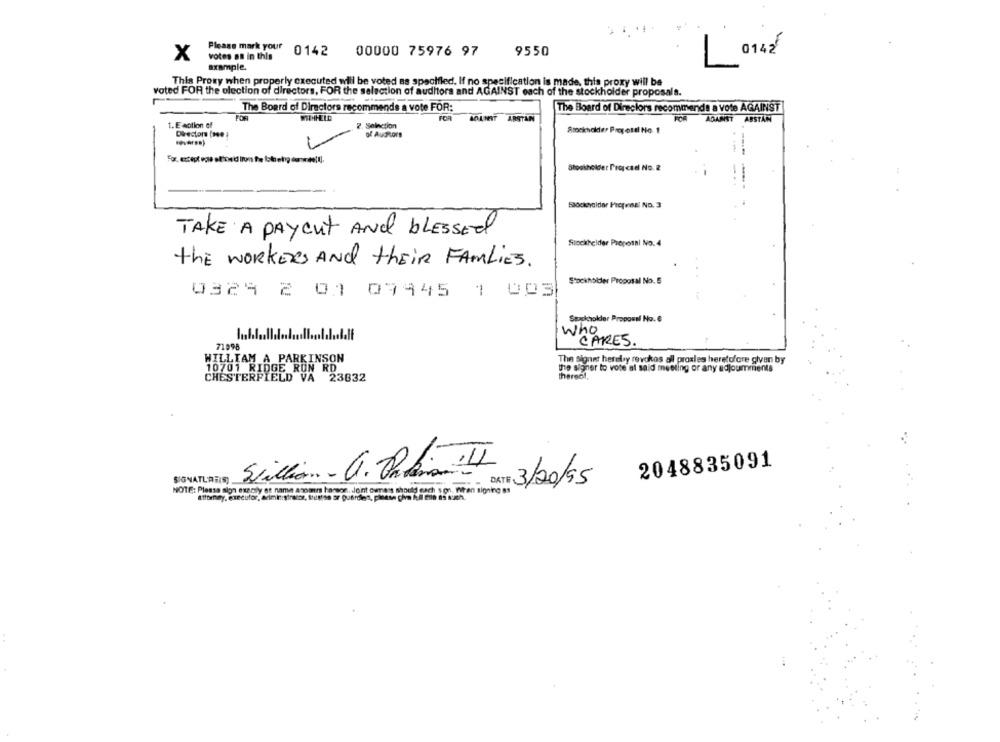
Please mark your 0142 00000 75976 97
00000 75976 97
9550
x
votes as in this
014zł
example.
This Proxy when properly cxecuted will be voted as specified. If no specification is made, this proxy will be
voted FOR the election of directors, FOR the selection of auditors and AGAINST each of the stockholder proposals.
The Board of Directors recommends a vote FOR:
The Board of Directors recommends a vote AGAINST
FOR
MIHHELD
FOR
MANIT
ARSTAN
AGAINST ABSTAN
1. E motion off
2. Selection
Director (se )
of Auditors
Stockholder Proctel No. 2
TAKE A PAYcut And blessed
Stockhelder Processi No.4
the WORKERS AND their FAMILIES.
Stockholder Proposal No.5
0329 2 00 09345 1 003
Stockholder Proposal No. 6
who
CARES .
71998
WILLIAM A PARKINSON
The signer hereby revokos all proxies heretofore given by
10701 RIDGE RUN RD
the signer to vote al said meeting or any adjoumments
CHESTERFIELD VA
23832
therecil,
2048835091
Sillian- a. Oabia LI
SIGNATUREIS)
DATE
NOTE: Please sign exzaly et name acomer hamson . deint ovnens should each son, Ihren signing 1
:: 3/20/95
Attorney. execusfor, administraror, trustse ar Querdlers, pln